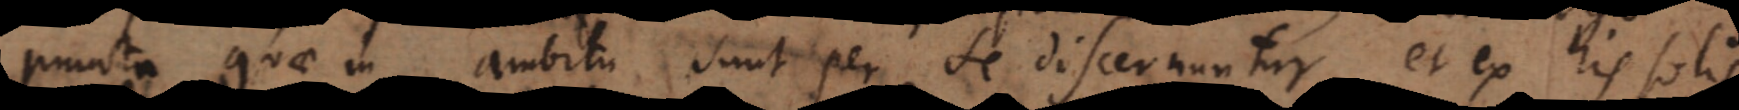
puncta quae in ambitu sunt per se discernuntur, et ex his solis